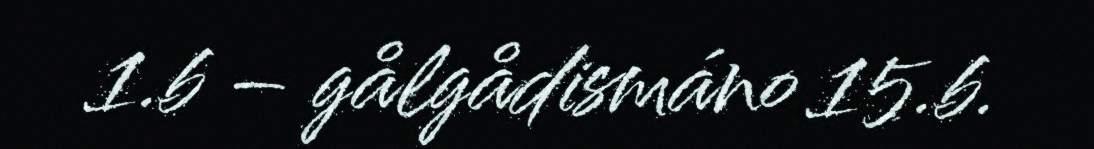
1.b – gålgådismáno 15.b.